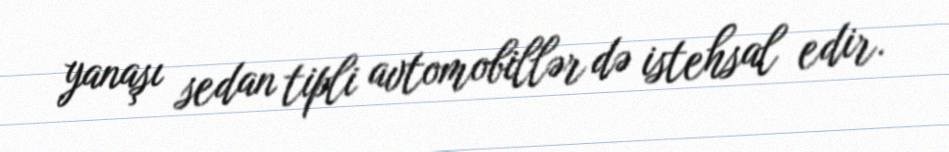
yanaşı sedan tipli avtomobillər də istehsal edir.